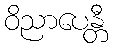
ဝိညာပေန္တီ